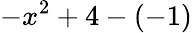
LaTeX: -x^{2}+4-(-1)